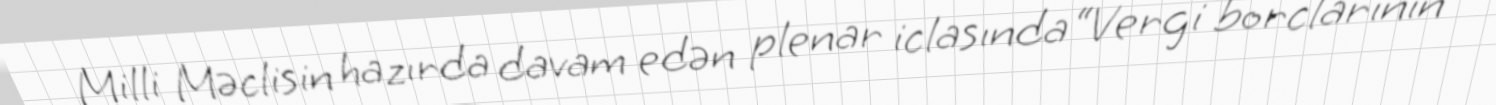
Milli Məclisin hazırda davam edən plenar iclasında “Vergi borclarının